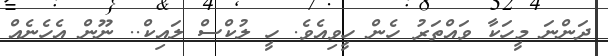
ދަންނަ މީހަކާ ވައްތަރު ހެން ހީވިއެވެ. ހީ ލުކްސް ލައިކް.. ނޫން އެހެނެއް